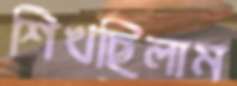
শিখছিলাম